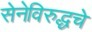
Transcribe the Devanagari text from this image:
सेनेविरुद्धचे